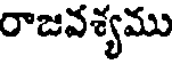
రాజవశ్యము